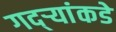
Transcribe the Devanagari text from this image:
गद्र्‍यांकडे